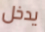
يدخل